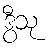
ဒွီသု